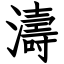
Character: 濤